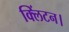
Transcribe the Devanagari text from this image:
क्लिंटन।